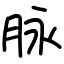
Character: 脉